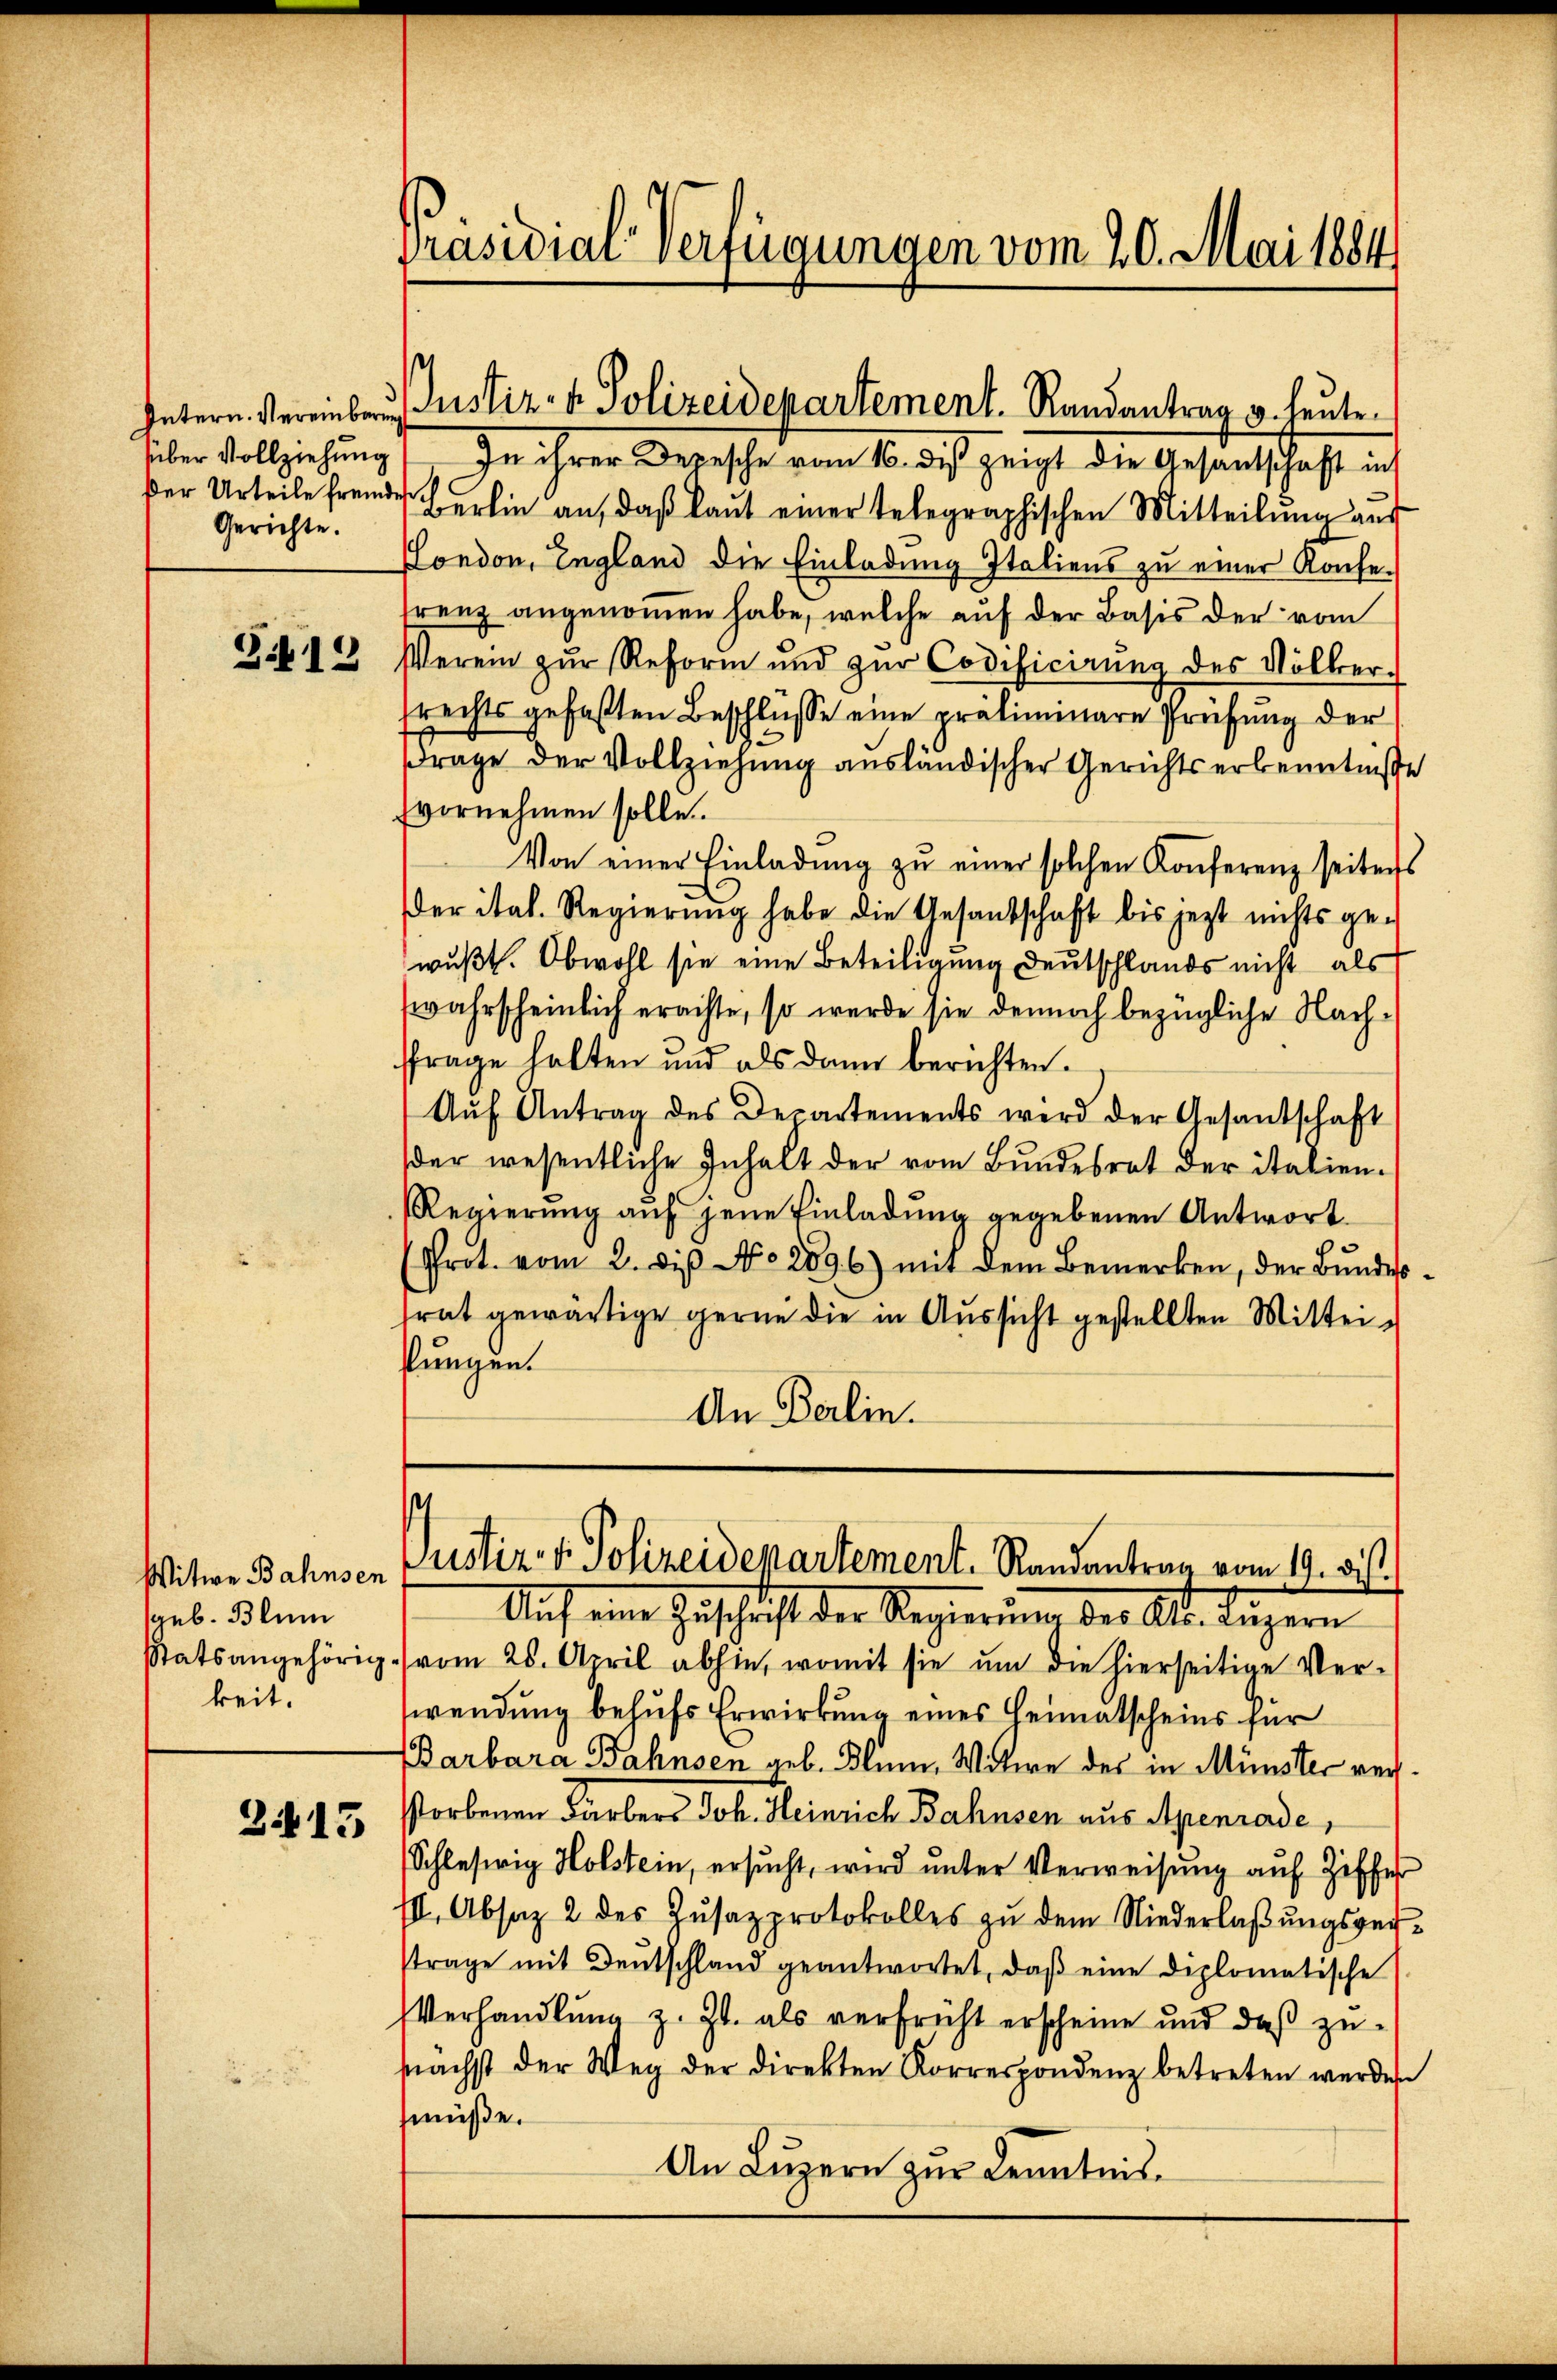
Intern. Vereinbaru
süber Vollziehung
der Urteile fremde
Gerichte.

Sit 12

geb. Blum
keit.

Z.13

1

Präsidiar verfügungen vom 20. Mai 1884

In ihrer Depesche vom 16. ds. zeigt die Gesantschaft inf
Berlin an, daß laut einer telegraphischen Mitteilŭng aus
London, England die Einladung Italiens zu einer Konferenz angenommen habe, welche auf der Basis der vom
Verein zŭr Reform und zŭr Codificierŭng des Völker-
rechts gefaßten Beschlüsse eine präliminare Prüfung der
frage der Vollziehung ausländischer Gerichtserkenntniße
vornehmen solle
Von einer Einladŭng zŭ einer solchen Konferenz seiters
er ital. Regierung habe die Gesandschaft bis jezt nichts ge-
wußt. Obwohl sie eine Beteiligung Deutschlands nicht als
wahrscheinlich erachte, so werde sie dennoch bezügliche Nachffrage halten und als dann berichten.
Aŭf Antrag des Departements wird der Gesandschaft
der wesentliche Inhalt der vom Bundesrat der italien-
Regierŭng aŭf jene Einladŭng gegebenen Antwort
(Prot. vom 2. die No. 2896) mit dem Bemerken, der Bundesfrat gewärtige gerne die in Aussicht gestellten Mitteikungen.
An Berlin.

Justiz- & Polizeidepartement. Randantrag v. heute.

Witwe Bahnsen Justiz- & Polizeidepartement. Randantrag vom 19. ds.

Auf eine Zuschrift der Regierung des Alb. Luzern
Statsangehörig vom 25. April abhin, womit sie ŭm die hierseitige Ver-
wendung behufs Erwirkung eines Heimatscheins für
Barbara Bahnsen geb. Blum, Witwe der in Münster verstorbenen Färbers Joh. Heinrich Bahnsen aus Apenrode,
Schleswig Holstein, ersucht, wird unter Verweisung auf Ziffes
II. Absaz 2 des Zŭsazprotokolles zŭ dem Niederlaβŭngsperstrage mit Deutschland geantwortet, daβ eine diplomatische
Verhandlung z. Zt. als verfrüht erscheine und daß zunächst der Weg der Direkten Korrespondenz betreten werden
müse.
An Lŭzern zur Kenntnis.